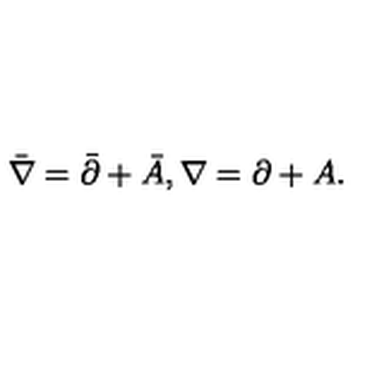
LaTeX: \bar { \nabla } = \bar { \partial } + \bar { A } , \nabla = \partial + A .